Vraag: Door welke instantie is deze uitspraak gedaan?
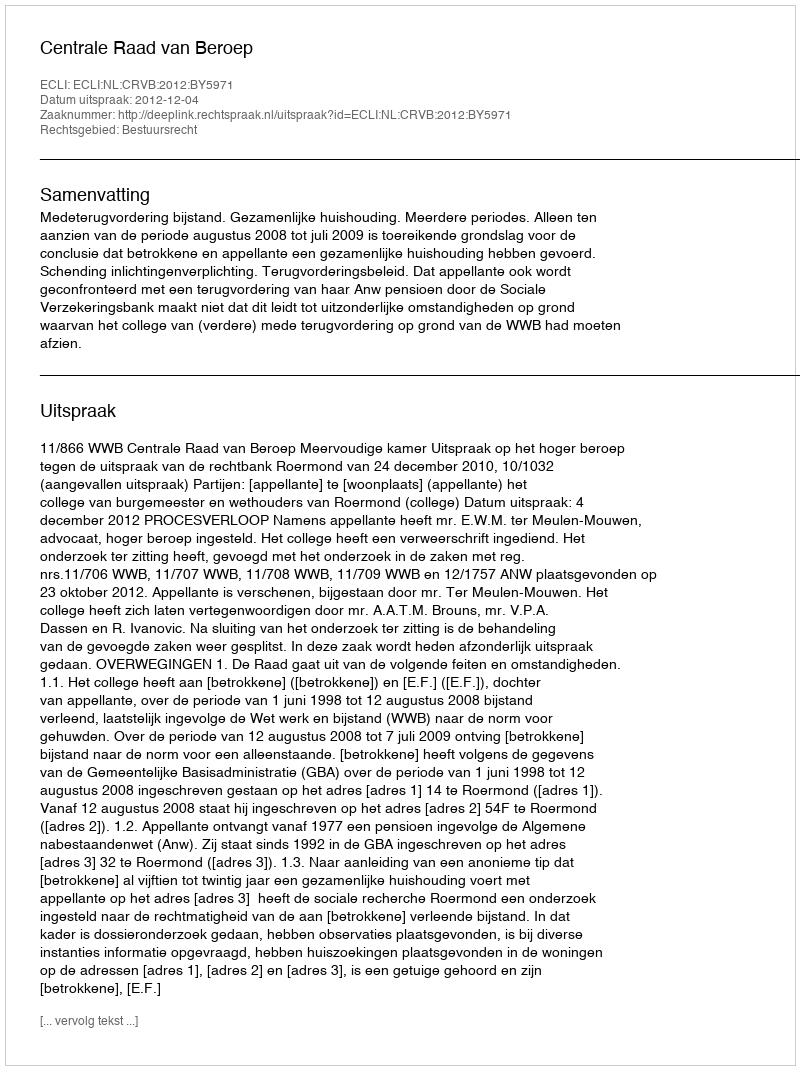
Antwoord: Centrale Raad van Beroep